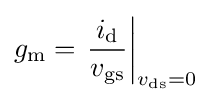
g_{\text{m}}=\left.{\frac {i_{\text{d}}}{v_{\text{gs}}}}\right\vert _{v_{\text{ds}}=0}